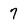
Character: 7